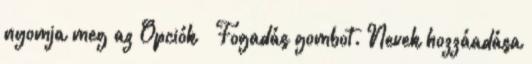
nyomja meg az Opciók → Fogadás gombot. Nevek hozzáadása